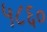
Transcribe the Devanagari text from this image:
५८६०